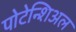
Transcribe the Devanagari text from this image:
पोटेन्शिअल